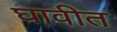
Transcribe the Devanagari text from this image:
घावीत